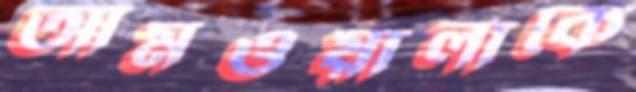
আমওয়ালাকে